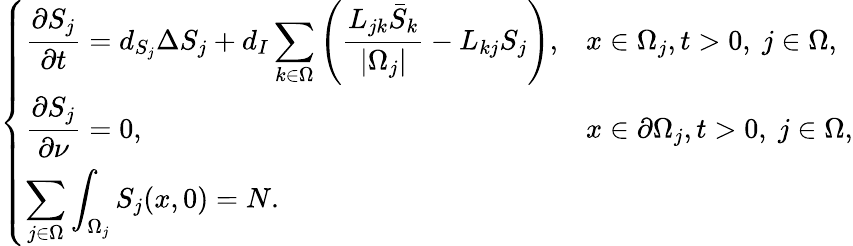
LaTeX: \left\{ \begin{array}{ll}{\displaystyle\frac{\partial S_{j}}{\partial t}=d_{S_{j}}\Delta S_{j}+d_{I}\sum_{k\in\Omega}\left(\frac{L_{jk}\bar{S}_{k}}{|\Omega_{j}|}-L_{kj}S_{j}\right),}&{x\in\Omega_{j},t>0,\ j\in\Omega,}\\ {\displaystyle\frac{\partial S_{j}}{\partial\nu}=0,}&{x\in\partial\Omega_{j},t>0,\ j\in\Omega,}\\ {\displaystyle\sum_{j\in\Omega}\int_{\Omega_{j}}S_{j}(x,0)=N.}&\end{array}\right.